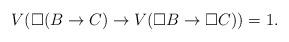
LaTeX: \begin{align*}V(\Box (B \rightarrow C) \rightarrow V(\Box B \rightarrow \Box C) )=1.\end{align*}